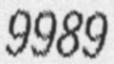
9989